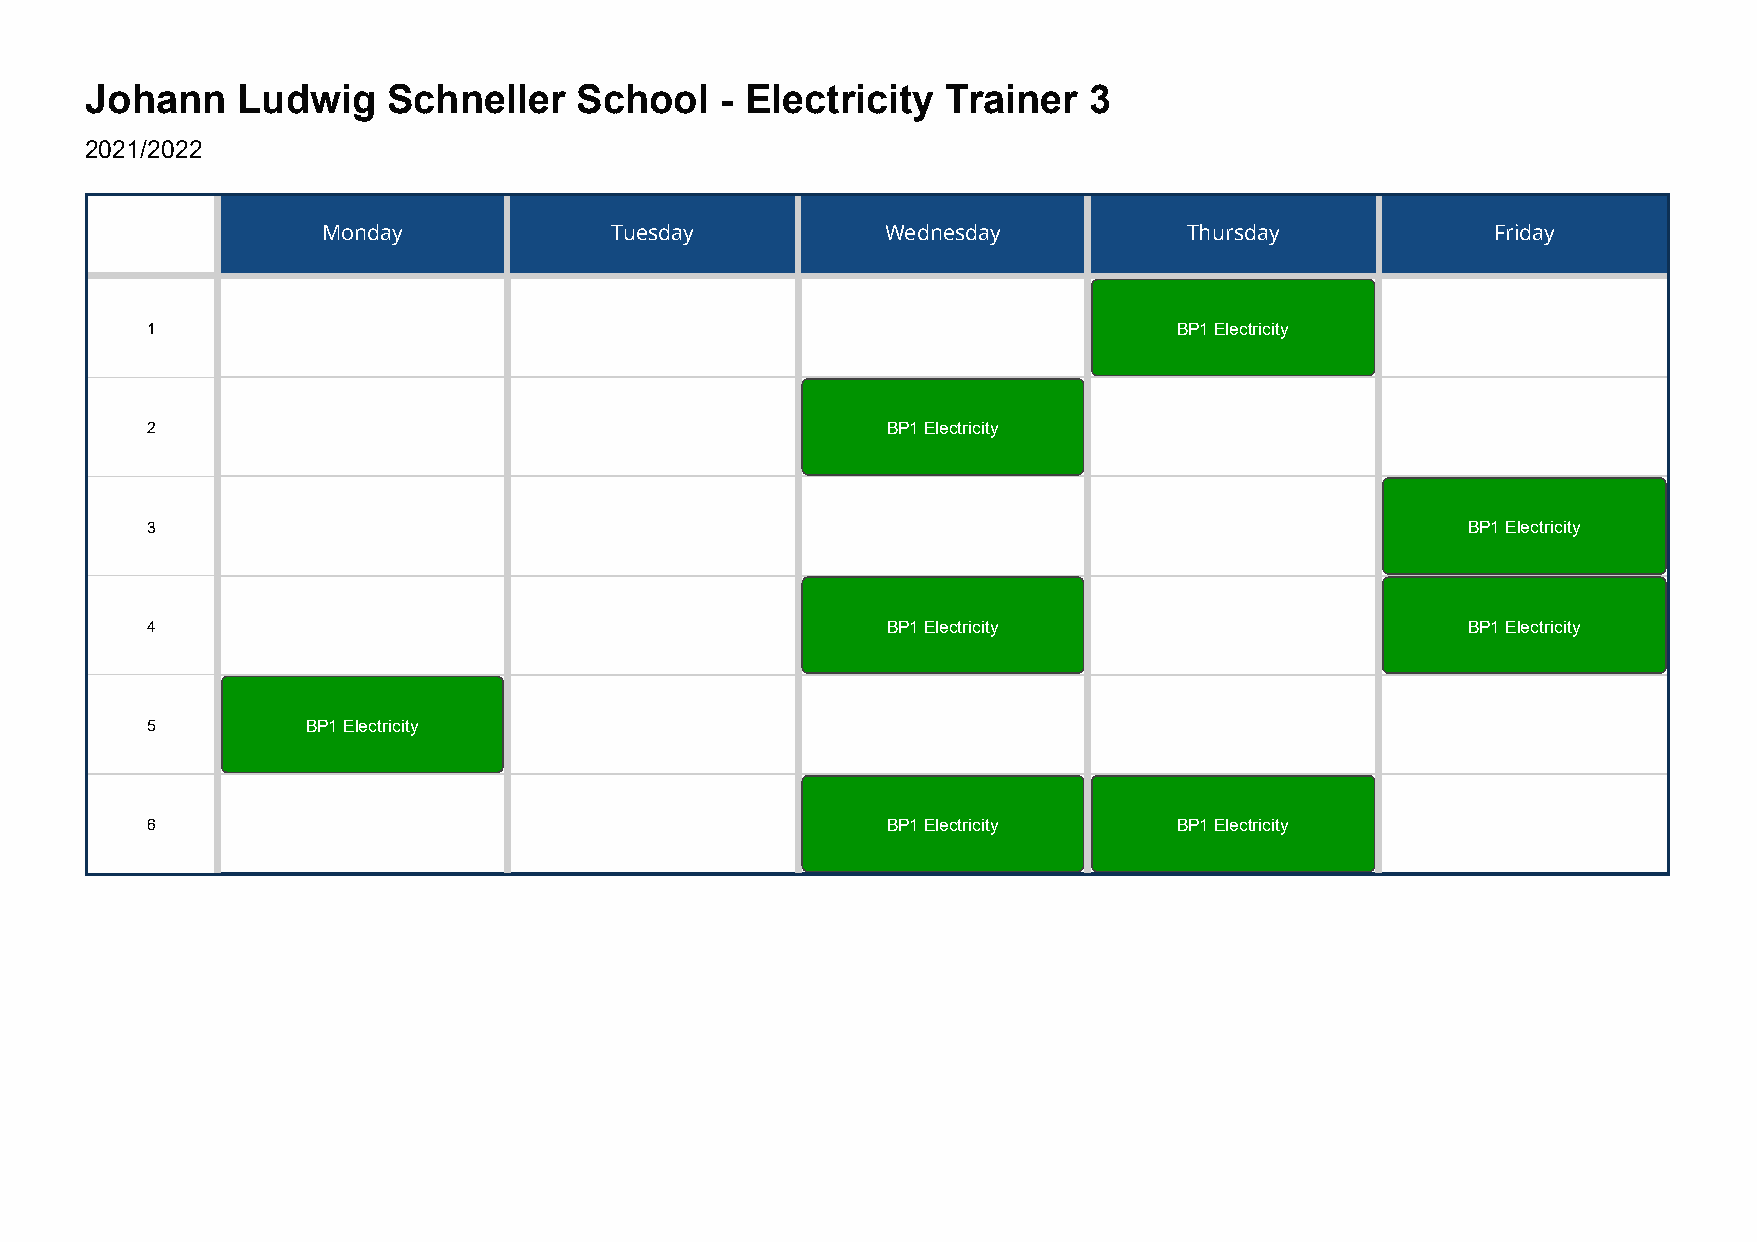
Johann    Ludwig    Schneller   School    - Electricity  Trainer  3
 2021/2022
 Monday             Tuesday            Wednesday           Thursday            Friday
 1                                                                   BP1 Electricity
 2                                                BP1 Electricity
 3                                                                                      BP1 Electricity
 4                                                BP1 Electricity                       BP1 Electricity
 5         BP1 Electricity
 6                                                BP1 Electricity    BP1 Electricity